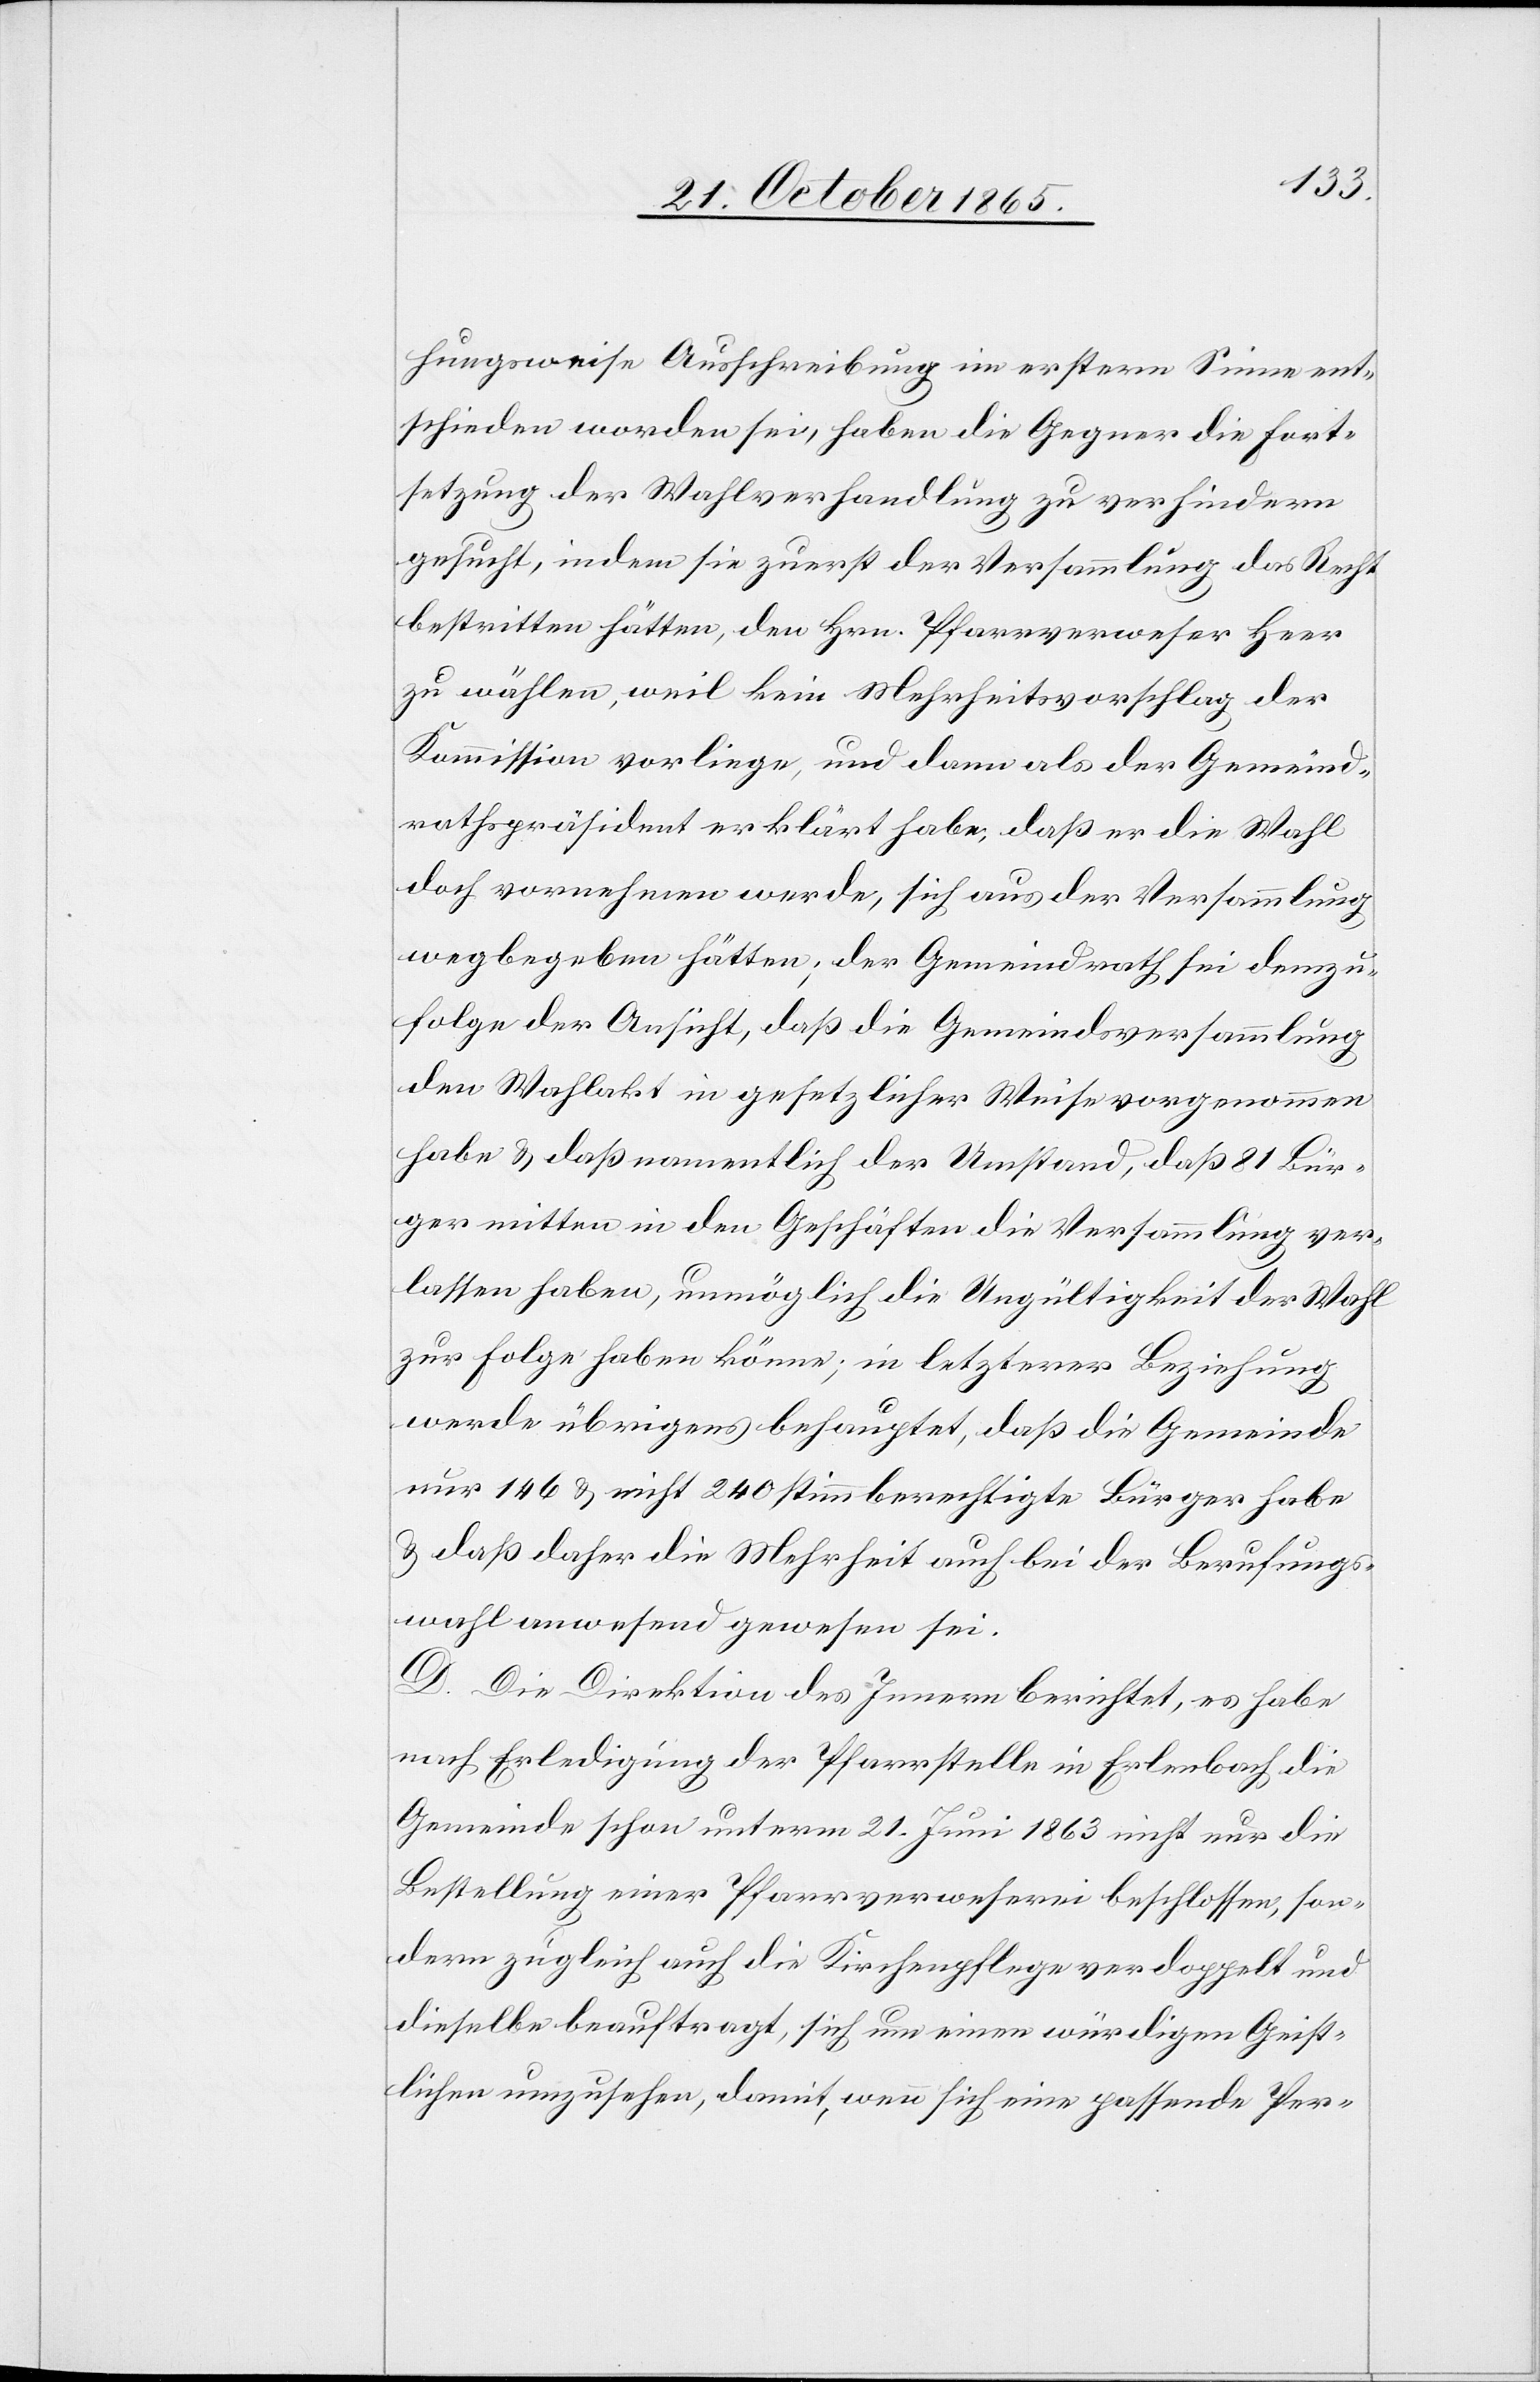
hungsweise Ausschreibung im erstern Sinne ent¬
schieden worden sei, haben die Gegner die Fort¬
setzung der Wahlverhandlung zu verhindern
gesucht, indem sie zuerst der Versammlung das Recht
bestritten hätten, den Hrn. Pfarrverweser Heer
zu wählen, weil kein Mehrheitsvorschlag der
Kommission vorliege, und dann als der Gemeind¬
rathspräsident erklärt habe, daß er die Wahl
doch vornehmen werde, sich aus der Versammlung
wegbegeben hätten; der Gemeindrath sei demzu¬
folge der Ansicht, daß die Gemeindsversammlung
den Wahlakt in gesetzlicher Weise vorgenommen
habe & daß namentlich der Umstand, daß 81 Bür¬
ger mitten in den Geschäften die Versammlung ver¬
lassen haben, unmöglich die Ungültigkeit der Wahl
zur Folge haben könne; in letzterer Beziehung
werde übrigens behauptet, daß die Gemeinde
nur 146 & nicht 240 stimmberechtigte Bürger habe
& daß daher die Mehrheit auch bei der Berufungs¬
wahl anwesend gewesen sei.
D. Die Direktion des Innern berichtet, es habe
nach Erledigung der Pfarrstelle in Erlenbach die
Gemeinde schon unterm 21. Juni 1863 nicht nur die
Bestellung einer Pfarrverweserei beschlossen, son¬
dern zugleich auch die Kirchenpflege verdoppelt und
dieselbe beauftragt, sich um einen würdigen Geist¬
lichen umzusehen, damit, wenn sich eine passende Per-